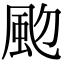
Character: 𩖝